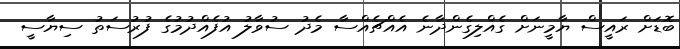
ބޮޑަށް ރައީސް ޔާމީނަށް ގެއްލިގެންދާނެ އެއްޗެއްސާ މެދު ސުވާލު އުފެއްދުމުގެ ފުރުސަތު ސިޔާސީ